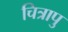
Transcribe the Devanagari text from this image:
चित्रापु